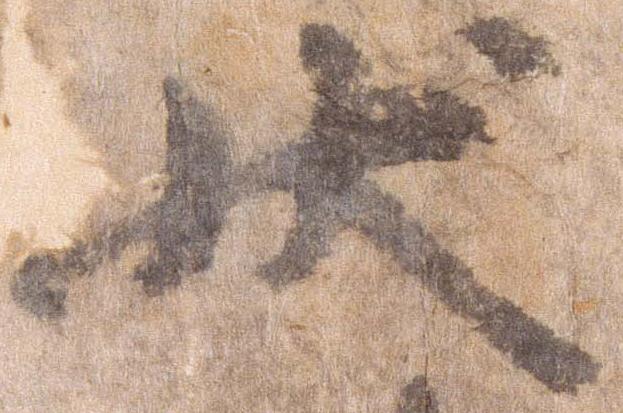
状